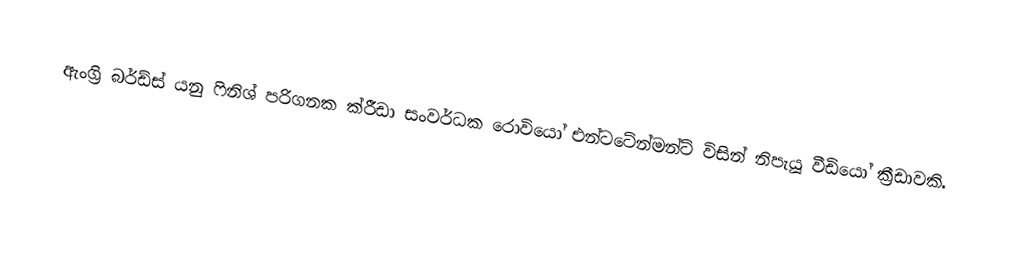
ඇංග්‍රි බර්ඩ්ස් යනු ෆිනිශ් පරිගනක ක්රීඩා සංවර්ධක රොවියෝ එන්ටටේන්මන්ට් විසින් නිපැයූ වීඩියෝ ක්‍රීඩාවකි.